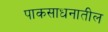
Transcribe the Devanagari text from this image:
पाकसाधनातील